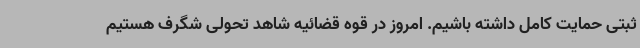
ثبتی حمایت کامل داشته باشیم. امروز در قوه قضائیه شاهد تحولی شگرف هستیم